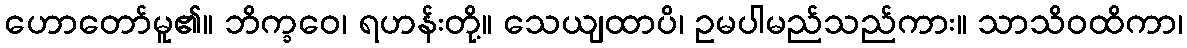
ဟောတော်မူ၏။ ဘိက္ခဝေ၊ ရဟန်းတို့။ သေယျထာပိ၊ ဥမပါမည်သည်ကား။ သာသိဝထိကာ၊